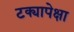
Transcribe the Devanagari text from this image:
टक्यापेक्षा